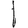
Digit: 1